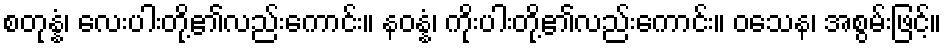
စတုန္နံ၊ လေးပါးတို့၏လည်းကောင်း။ နဝန္နံ၊ ကိုးပါးတို့၏လည်းကောင်း။ ဝသေန၊ အစွမ်းဖြင့်။